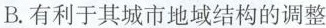
B.有利于其城市地域结构的调整